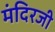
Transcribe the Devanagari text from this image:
मंदिरजी